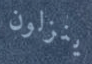
ينزلون